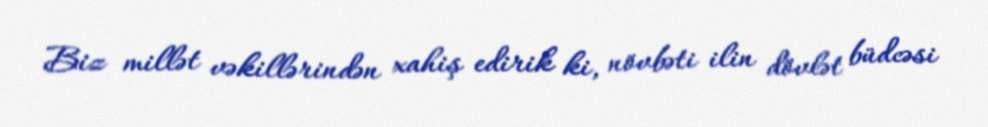
Biz millət vəkillərindən xahiş edirik ki, növbəti ilin dövlət büdcəsi